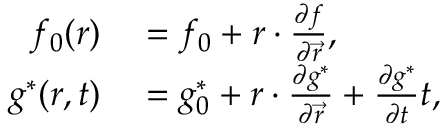
\begin{array} { r l } { f _ { 0 } ( \boldsymbol { r } ) } & { { } = f _ { 0 } + \boldsymbol { r } \cdot \frac { \partial f } { \partial \vec { r } } , } \\ { g ^ { \ast } ( \boldsymbol { r } , t ) } & { { } = g _ { 0 } ^ { \ast } + \boldsymbol { r } \cdot \frac { \partial g ^ { \ast } } { \partial \vec { r } } + \frac { \partial g ^ { \ast } } { \partial t } t , } \end{array}